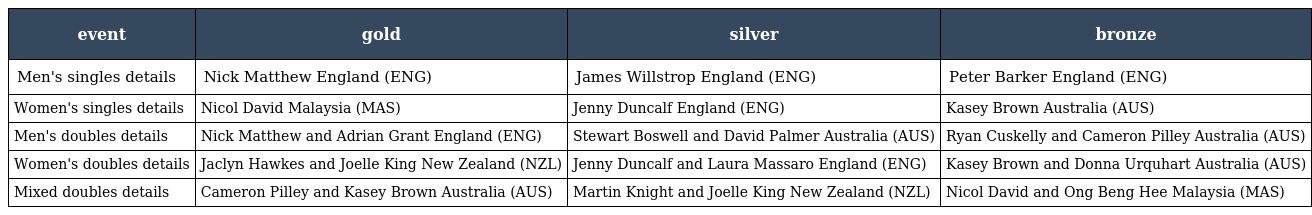
| event | gold | silver | bronze |
 | --- | --- | --- | --- |
 | Men's singles details | Nick Matthew England (ENG) | James Willstrop England (ENG) | Peter Barker England (ENG) |
 | Women's singles details | Nicol David Malaysia (MAS) | Jenny Duncalf England (ENG) | Kasey Brown Australia (AUS) |
 | Men's doubles details | Nick Matthew and Adrian Grant England (ENG) | Stewart Boswell and David Palmer Australia (AUS) | Ryan Cuskelly and Cameron Pilley Australia (AUS) |
 | Women's doubles details | Jaclyn Hawkes and Joelle King New Zealand (NZL) | Jenny Duncalf and Laura Massaro England (ENG) | Kasey Brown and Donna Urquhart Australia (AUS) |
 | Mixed doubles details | Cameron Pilley and Kasey Brown Australia (AUS) | Martin Knight and Joelle King New Zealand (NZL) | Nicol David and Ong Beng Hee Malaysia (MAS) |